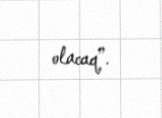
olacaq”.